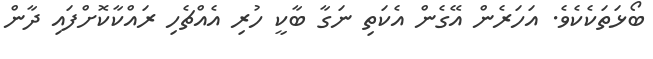
ބޯޅަތަކެކެވެ. އަހަރެން އޭގެން އެކަތި ނަގާ ބާކީ ހުރި އެއްޗެހި ރައްކާކޮށްފައި ދާން